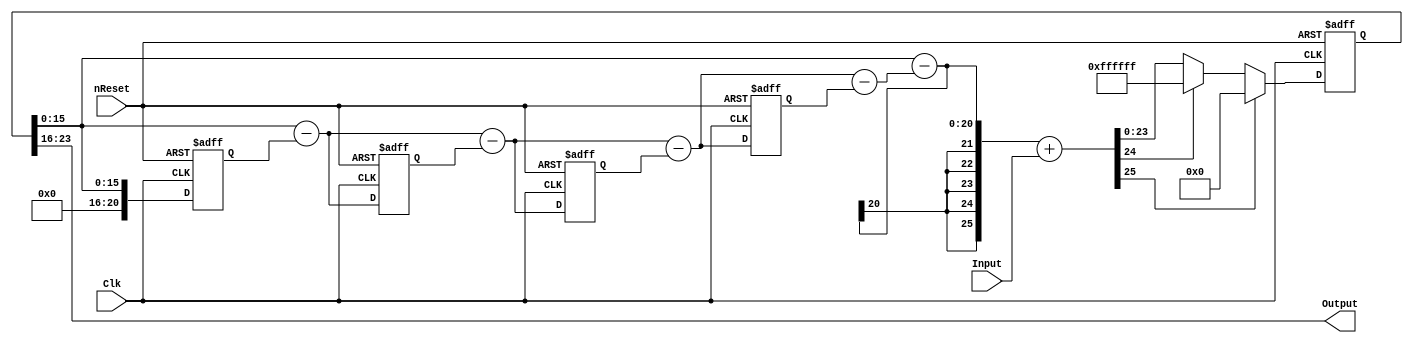
//==============================================================================
// Copyright (C) John-Philip Taylor
// jpt13653903@gmail.com
//
// This file is part of a library
//
// This file is free software: you can redistribute it and/or modify
// it under the terms of the GNU General Public License as published by
// the Free Software Foundation, either version 3 of the License, or
// (at your option) any later version.
// 
// This program is distributed in the hope that it will be useful,
// but WITHOUT ANY WARRANTY; without even the implied warranty of
// MERCHANTABILITY or FITNESS FOR A PARTICULAR PURPOSE.  See the
// GNU General Public License for more details.
// 
// You should have received a copy of the GNU General Public License
// along with this program.  If not, see <http://www.gnu.org/licenses/>
//==============================================================================

module NS(nReset, Clk, Input, Output);
  parameter InputN  = 24;
  parameter OutputN =  8;
  parameter N       =  4; // Order of the noise shaper
//------------------------------------------------------------------------------

  input  nReset;
  input  Clk;

  input  [InputN -1:0]Input;
  output [OutputN-1:0]Output;
//------------------------------------------------------------------------------

  wire [(InputN+1)        :0]t1;
  reg  [(InputN-1)        :0]t2;
  reg  [(InputN-OutputN+N):0]t3[2*N+1:0];
  wire [(InputN+1)        :0]t4;
//------------------------------------------------------------------------------
 
  assign t1 = t4 + Input;
//------------------------------------------------------------------------------

  always @(negedge nReset, negedge Clk) begin
    if(!nReset) begin
      t2  <= 0;
   
    end else begin
      if     (t1[InputN+1]) t2 <= 0;
      else if(t1[InputN  ]) t2 <= {InputN{1'b1}};
      else                  t2 <= t1[InputN-1:0];
    end
  end
//------------------------------------------------------------------------------

  assign Output = t2[InputN-1:InputN-OutputN];
//------------------------------------------------------------------------------
 
  always @* begin 
    t3[0] <= {{(N+1){1'b0}}, t2[InputN-OutputN-1:0]};
  end
//------------------------------------------------------------------------------

  generate
  genvar g;
    for(g = 0; g < N; g = g + 1) begin: NS_Blocks
      always @* begin
        t3[2*g+2] <= t3[2*g] - t3[2*g+1];
      end
   
      always @(negedge nReset, negedge Clk) begin
        if(!nReset) begin
          t3[2*g+1] <= 0;
        end else begin
          t3[2*g+1] <= t3[2*g];
        end
      end
    end 
  endgenerate
//------------------------------------------------------------------------------

  always @* begin
    t3[2*N+1] <= t3[0] - t3[2*N];
  end
//------------------------------------------------------------------------------
 
  assign t4 = {{(OutputN-N+1){t3[2*N+1][InputN-OutputN+N]}}, t3[2*N+1]};
endmodule
//------------------------------------------------------------------------------